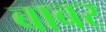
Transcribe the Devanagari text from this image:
बाबर